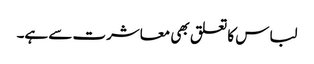
لباس کا تعلق بھی معاشرت سے ہے۔